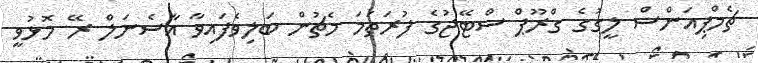
ޗެމްޕިއަންސް ލީގުގެ ގްރޫޕް ސްޓޭޖުގެ ފުރަތަމަ މެޗުން ބަލިވެފައިވާ އާސެނަލް ރޭ މޮޅުވީ